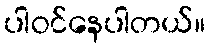
ပါဝင်နေပါတယ်။